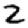
Digit: 2